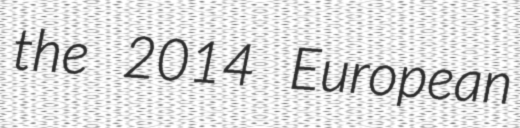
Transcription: the 2014 European